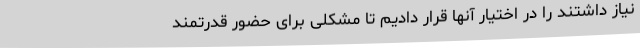
نیاز داشتند را در اختیار آنها قرار دادیم تا مشکلی برای حضور قدرتمند